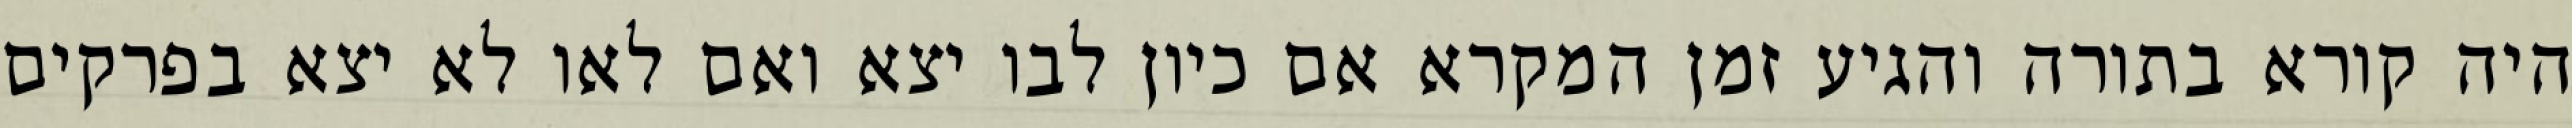
היה קורא בתורה והגיע זמן המקרא אם כיון לבו יצא ואם לאו לא יצא בפרקים